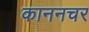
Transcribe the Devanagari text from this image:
काननचर